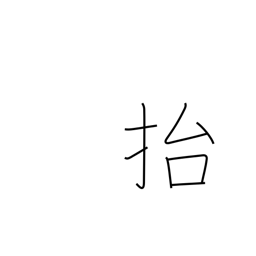
Meaning: lift